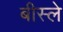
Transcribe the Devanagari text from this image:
बीस्ले